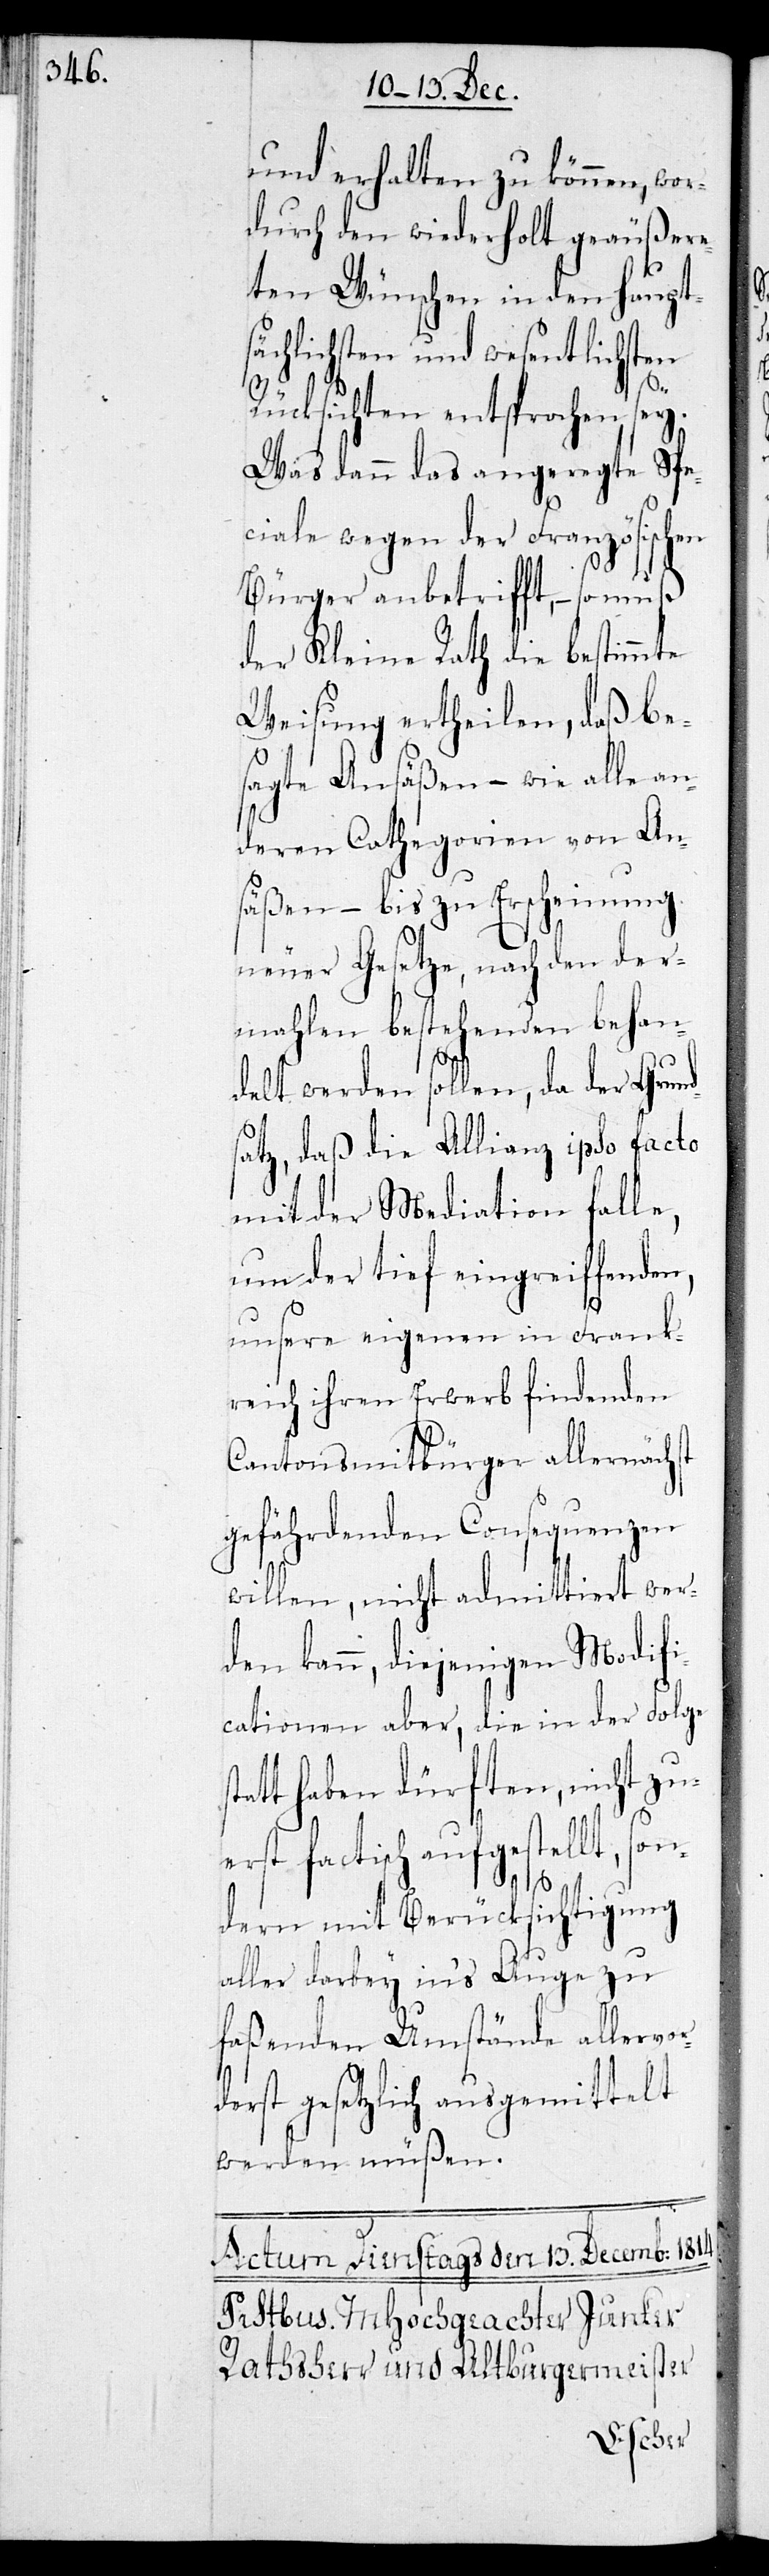
und erhalten zu können, wor¬
durch den wiederholt geäußere¬
ten Wünschen in den haupt¬
sächlichsten und wesentlichsten
Rücksichten entsprochen sey.
Was dann das angeregte Spe¬
ciale wegen der Französischen
Bürger anbetrifft, – so
der Kleine Rath die bestimmte
Weisung ertheilen, daß be¬
sagte Ansäßen – wie alle an¬
deren Cathegorien von An¬
säßen – bis zur Erscheinung
neuer Gesetze, nach den der¬
mahlen bestehenden behan¬
delt werden sollen, da der Grund¬
satz, daß die Allianz ipso facto
mit der Mediation falle,
um der tief eingreiffenden,
unsere eigenen in Frank¬
reich ihren Erwerb findenden
Cantonsmitbürger allernächst
gefährdenden Consequenzen
willen, nicht admittiert wer¬
den kann, diejenigen Modifi¬
cationen aber, die in der Folge
t haben dürften, nicht zue¬
rst factisch aufgestellt, so¬
ndern mit Berücksichtigung
aller darbey in‘s Auge zu
faßenden Umstände allervor¬
derst gesetzlich ausgemittelt
werden müßen.
stat¬